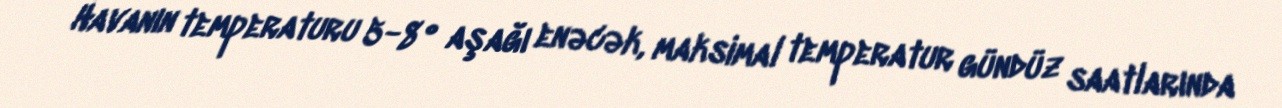
Havanın temperaturu 5-8° aşağı enəcək, maksimal temperatur gündüz saatlarında